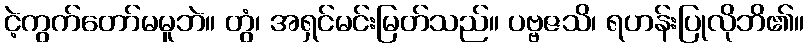
ငဲ့ကွက်တော်မမူဘဲ။ တွံ၊ အရှင်မင်းမြတ်သည်။ ပဗ္ဗဇသိ၊ ရဟန်းပြုလိုဘိ၏။